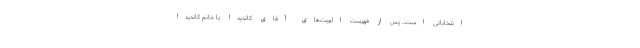
انتخاباتی است... پس از فهرست الویت‌های آقای کاندیدا یا خانم کاندیدا